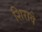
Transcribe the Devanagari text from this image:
शिरावे